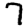
Digit: 7